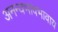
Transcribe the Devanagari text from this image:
अनन्यभावभावाय